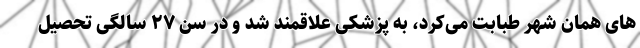
های همان شهر طبابت می‌کرد، به پزشکی علاقمند شد و در سن ۲۷ سالگی تحصیل